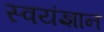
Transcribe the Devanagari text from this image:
स्वयंज्ञान